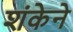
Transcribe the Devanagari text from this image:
शंकेने